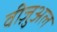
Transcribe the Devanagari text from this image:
वीज़ुअल